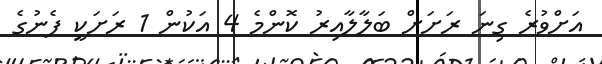
އަށްވުރެ ގިނަ ރަށަށް ބަލާލާއިރު ކޮންމެ 4 އަކުން 1 ރަށަކީ ފެނުގެ